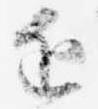
近